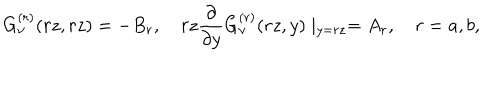
G _ { \nu } ^ { ( r ) } ( r z , r z ) = - B _ { r } , \quad r z \frac { \partial } { \partial y } G _ { \nu } ^ { ( r ) } ( r z , y ) \mid _ { y = r z } = A _ { r } , \quad r = a , b ,